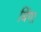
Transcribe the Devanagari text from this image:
बिंगा